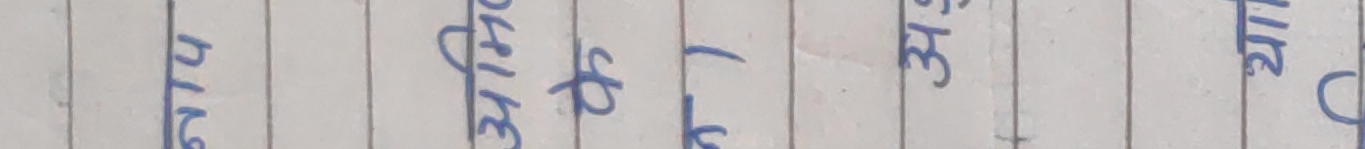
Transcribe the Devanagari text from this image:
३११७/०
यस प्रतिवेदनलाई
३९ लाई
२१ गते